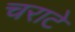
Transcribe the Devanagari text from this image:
चराटे